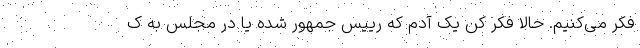
فکر می‌کنیم. حالا فکر کن یک آدم که رییس جمهور شده یا در مجلس به ک